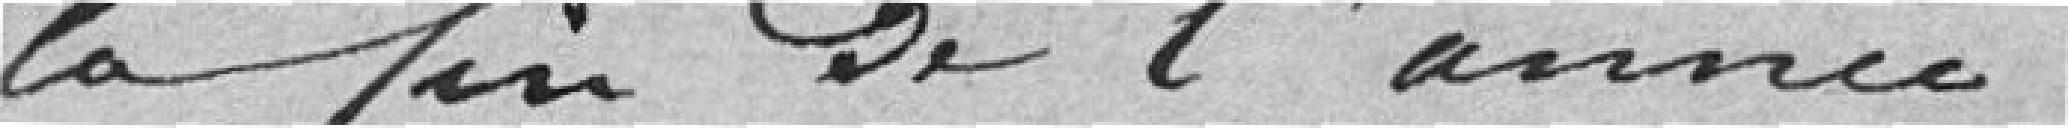
la fin de l'année .